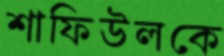
শাফিউলকে